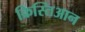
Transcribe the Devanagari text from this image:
क्रिस्तिआन